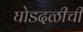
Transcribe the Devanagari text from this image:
घोडदळीची